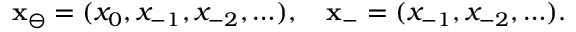
\mathbf { x } _ { \ominus } = ( x _ { 0 } , x _ { - 1 } , x _ { - 2 } , \ldots ) , \quad \mathbf { x } _ { - } = ( x _ { - 1 } , x _ { - 2 } , \ldots ) .